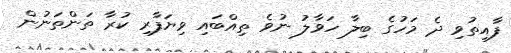
ފާއިތުވި ދެ މަހުގެ ބިލާ ހަވާލު ނުވެ ތިއްބައި ވިޔަފާރި ކުރާ ތަންތަނުން